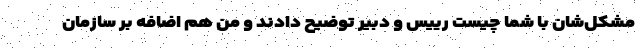
مشکل‌شان با شما چیست رییس و دبیر توضیح دادند و من هم اضافه بر سازمان